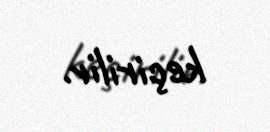
keçirilir.